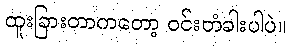
ထူးခြားတာကတော့ ဝင်းတံခါးပါပဲ။